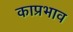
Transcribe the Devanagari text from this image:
काप्रभाव